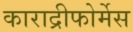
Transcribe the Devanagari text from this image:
काराद्रीफोर्मेस